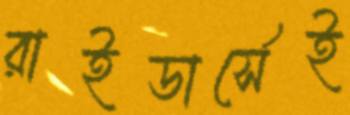
রাইডার্সেই